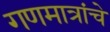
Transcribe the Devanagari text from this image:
गणमात्रांचे